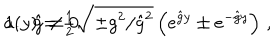
\mathbf { 1 . \, \, \, \, \hat { g } \neq 0 } \hspace { 4 c m } a ( y ) = { \textstyle \frac { 1 } { 2 } } \sqrt { \pm g ^ { 2 } / \hat { g } ^ { 2 } } \left( e ^ { \hat { g } y } \pm e ^ { - \hat { g } y } \right) \, , \hspace { 3 c m }